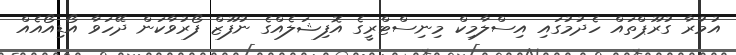
އުމުރާ ގުރޫޕްތައް ހެދުމުގައި އިސްލާމިކް މިނިސްޓްރީގެ އޮފިޝަލެއްގެ ނުފޫޒް ފޯރުވާކަން ދޭހަވާ އޯޑިއޯއެއް